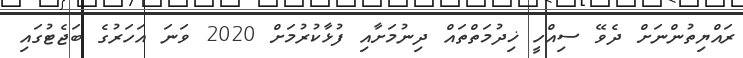
ރައްޔިތުންނަށް ދެވޭ ސިއްހީ ޚިދުމަތްތައް ދިނުމަށާއި ފުޅާކުރުމަށް 2020 ވަނަ އަހަރުގެ ބަޖެޓުގައި